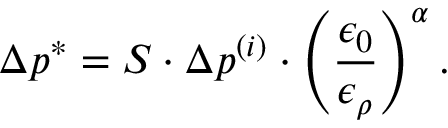
\Delta p ^ { * } = S \cdot \Delta p ^ { ( i ) } \cdot \left( \frac { \epsilon _ { 0 } } { \epsilon _ { \rho } } \right) ^ { \alpha } .